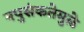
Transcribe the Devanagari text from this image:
नपुसंकतेमुळे